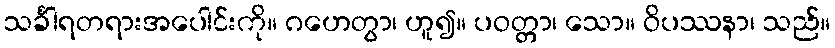
သင်္ခါရတရားအပေါင်းကို။ ဂဟေတွာ၊ ဟူ၍။ ပဝတ္တာ၊ သော။ ဝိပဿနာ၊ သည်။